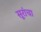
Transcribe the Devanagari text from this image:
सूरांचा